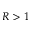
R > 1